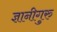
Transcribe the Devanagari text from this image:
ज्ञानीगुरु